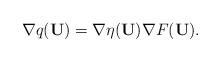
LaTeX: \begin{align*}\nabla q(\mathbf{U})=\nabla\eta(\mathbf{U})\nabla F(\mathbf{U}).\end{align*}